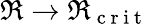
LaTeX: \Re\rightarrow\Re_{\mathrm{~c~r~i~t~}}